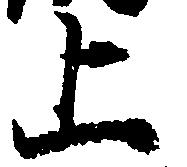
上